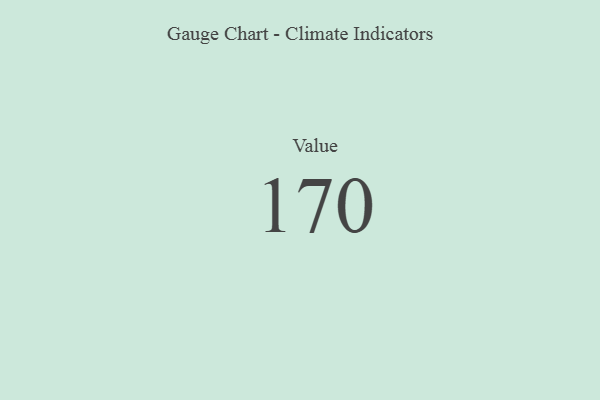
{"axis": {"x": "Metric", "y": "Value"}, "legend": [""], "data": [{"x": "Value", "y": 170, "type": ""}]}